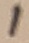
Text: 1